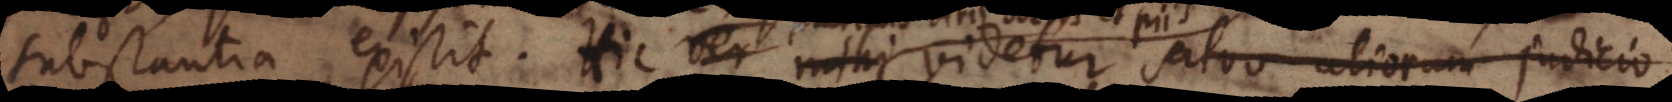
substantia existit. Hic ver mihi videtur salvo aliorum judicio